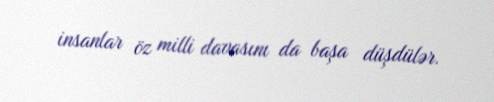
insanlar öz milli davasını da başa düşdülər.